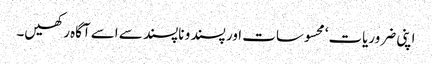
اپنی ضروریات‘ محسوسات اور پسند و ناپسند سے اسے آگاہ رکھیں۔